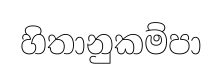
හිතානුකම්පා